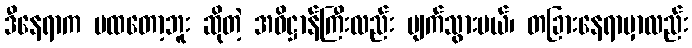
ဒီနေရာက မထတော့ဘူး ဆိုတဲ့ အဓိဋ္ဌာန်ကြီးလည်း ပျက်သွားမယ်၊ တခြားနေရာမှာလည်း